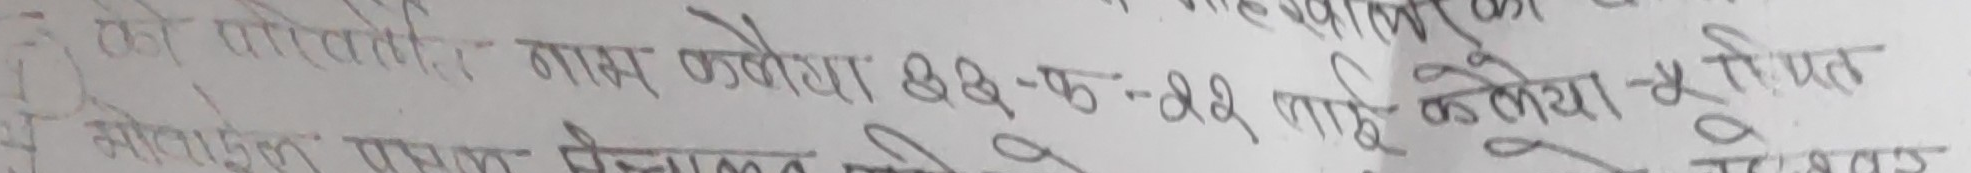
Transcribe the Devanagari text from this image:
त्यो पोर्तुगाली नाम उल्लेखमा २३-०६-२२ नाही कर्दा २४ गरमात